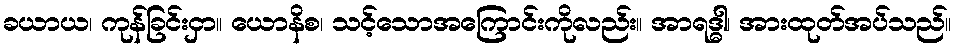
ခယာယ၊ ကုန်ခြင်းငှာ။ ယောနိစ၊ သင့်သောအကြောင်းကိုလည်း။ အာရဒ္ဓါ၊ အားထုတ်အပ်သည်။